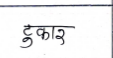
मजकूर: टुकार